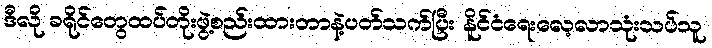
ဒီလို ခရိုင်တွေထပ်တိုးဖွဲ့စည်းထားတာနဲ့ပတ်သက်ပြီး နိူင်ငံရေးလေ့လာသုံးသပ်သူ